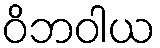
ဝိဘဝါယ